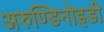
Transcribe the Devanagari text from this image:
अरुण्डिनोइडी